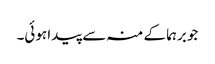
جو برہما کے منہ سے پیدا ہوئی۔